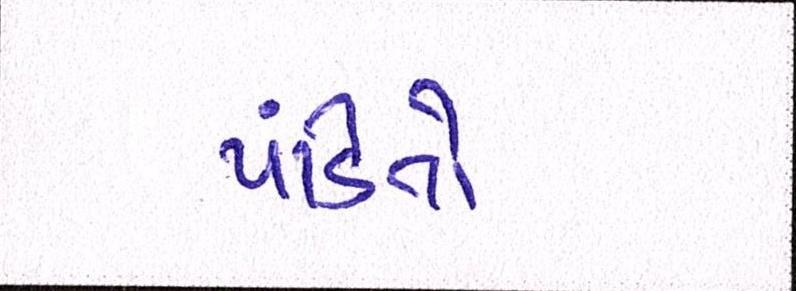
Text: પંડિતો